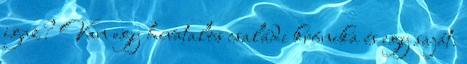
igaz? Van egy hivatalos családi krónika és egy saját.